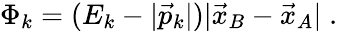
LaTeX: \Phi_{k}=(E_{k}-|\vec{p}_{k}|)|\vec{x}_{B}-\vec{x}_{A}|\; .